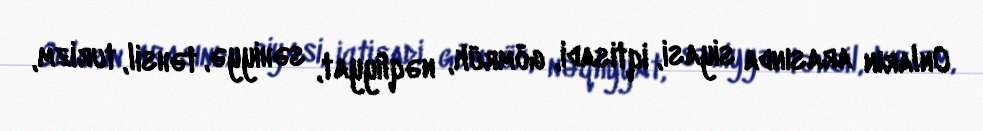
Onların arasında siyasi, iqtisadi, gömrük, nəqliyyat, səhiyyə, təhsil, turizm,